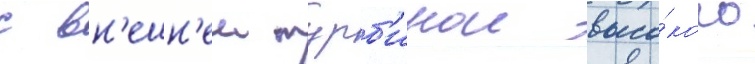
с вн'ешн'еи турб'инои высо́кого